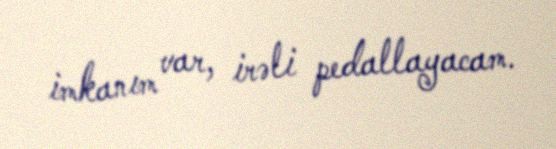
imkanım var, irəli pedallayacam.